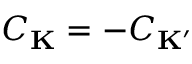
C _ { \mathbf { K } } = - C _ { \mathbf { K ^ { \prime } } }